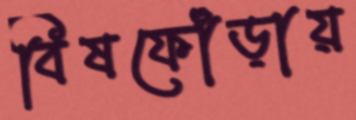
বিষফোঁড়ায়